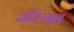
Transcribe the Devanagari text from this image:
जंजिऱ्यास